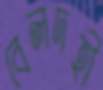
বেলদহী